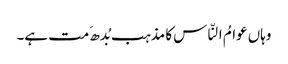
وہاں عوامُ النّاس کا مذہب بُدھ َمت ہے۔